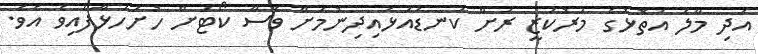
އަދި މާލެ އަތޮޅުގެ މަރުކަޒީ ރަށް ކަނޑައަޅައިދިނުމަށް ވެސް ކޯޓަށް ހުށަހަޅާފައިވެ އެވެ.